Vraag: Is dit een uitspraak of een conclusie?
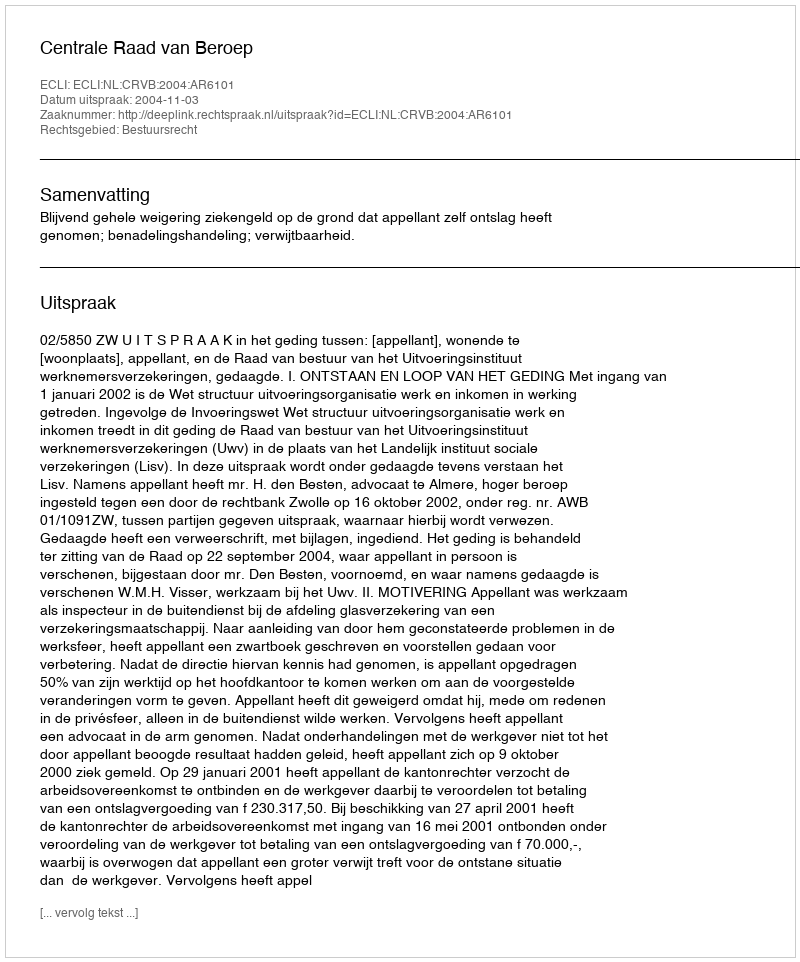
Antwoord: Uitspraak